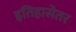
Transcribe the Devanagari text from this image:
इतिहासेतर